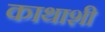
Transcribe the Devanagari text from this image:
काथाशी